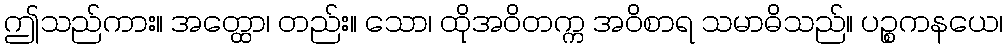
ဤသည်ကား။ အတ္ထော၊ တည်း။ သော၊ ထိုအဝိတက္က အဝိစာရ သမာဓိသည်။ ပဉ္စကနယေ၊